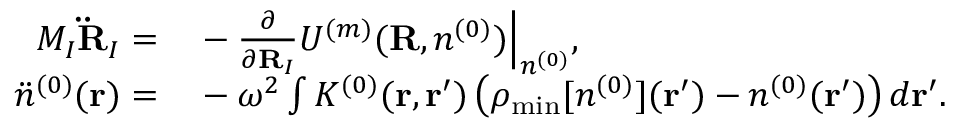
\begin{array} { r l } { M _ { I } { \bf \ddot { R } } _ { I } = } & { { } - \frac { \partial } { \partial { \bf R } _ { I } } { \cal U } ^ { ( m ) } ( { \bf R } , n ^ { ( 0 ) } ) \Big \vert _ { n ^ { ( 0 ) } } , } \\ { { \ddot { n } } ^ { ( 0 ) } ( { \bf r } ) = } & { { } - \omega ^ { 2 } \int K ^ { ( 0 ) } ( { \bf r , r ^ { \prime } } ) \left( \rho _ { \mathrm { m i n } } [ n ^ { ( 0 ) } ] ( { \bf r ^ { \prime } } ) - n ^ { ( 0 ) } ( { \bf r ^ { \prime } } ) \right) d { \bf r ^ { \prime } } . } \end{array}